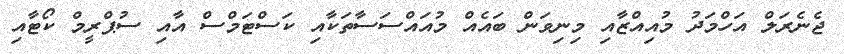
ޖެނެރަލް އަހްމަދު މުއިއްޒާއި މިނިވަން ބައެއް މުއައްސަސާތަކާއި ކަސްޓަމްސް އާއި ސުޕްރީމް ކޯޓާއި